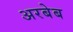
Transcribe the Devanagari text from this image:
अरबेब